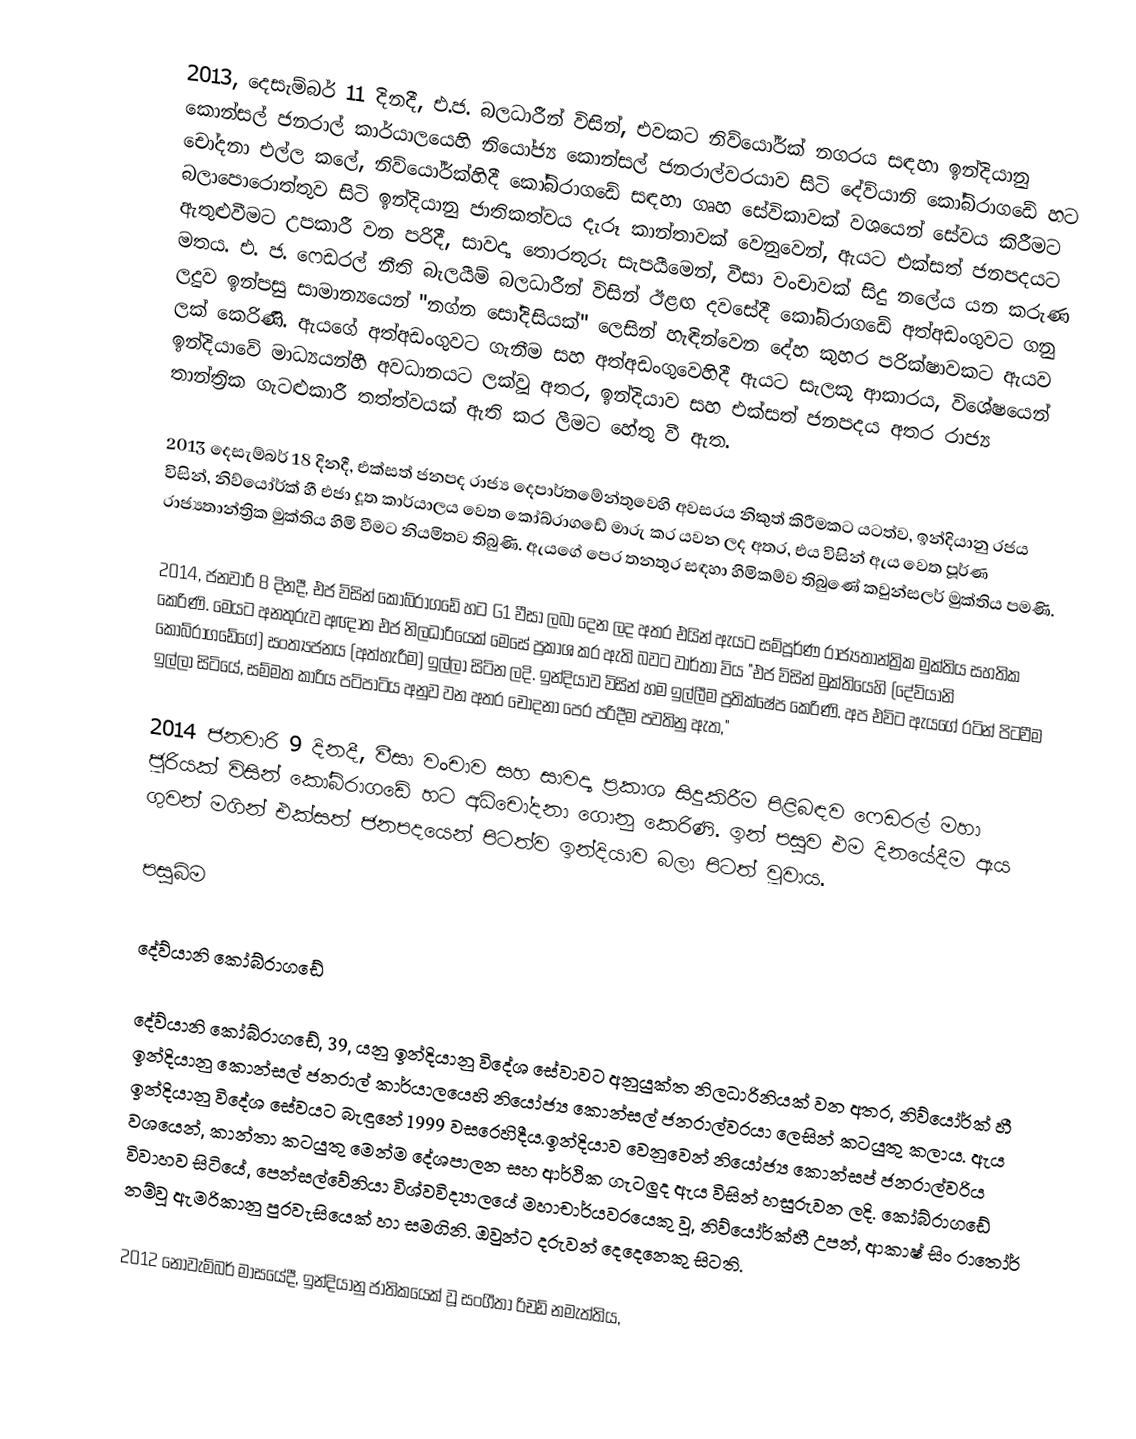
2013, දෙසැම්බර් 11 දිනදී,  එ.ජ. බලධාරීන් විසින්, එවකට නිව්යෝර්ක් නගරය සඳහා ඉන්දියානු කොන්සල් ජනරාල් කාර්යාලයෙහි නියෝජ්‍ය කොන්සල් ජනරාල්වරයාව සිටි දේව්යානි කෝබ්රාගඩේ හට චෝදනා එල්ල කලේ, නිව්යෝර්ක්හිදී කෝබ්රාගඩේ සඳහා ගෘහ සේවිකාවක් වශයෙන් සේවය කිරීමට බලාපොරොත්තුව සිටි  ඉන්දියානු ජාතිකත්වය දැරූ කාන්තාවක් වෙනුවෙන්,  ඇයට  එක්සත් ජනපදයට ඇතුළුවීමට උපකාරී වන පරිදී,  සාවද්‍ය තොරතුරු සැපයීමෙන්,  වීසා වංචාවක් සිදු නලේය යන කරුණ මතය.  එ. ජ. ෆෙඩරල් නීති බැලයීම් බලධාරීන් විසින් ඊළඟ දවසේදී කෝබ්රාගඩේ අත්අඩංගුවට ගනු ලදුව ඉන්පසු සාමාන්‍යයෙන් "නග්න සෝදිසියක්"  ලෙසින් හැඳින්වෙන දේහ කුහර පරික්ෂාවකට ඇයව ලක් කෙරිණි.  ඇයගේ අත්අඩංගුවට ගැනීම සහ අත්අඩංගුවෙහිදී ඇයට සැලකූ ආකාරය, විශේෂයෙන් ඉන්දියාවේ මාධ්‍යයන්හී අවධානයට ලක්වූ අතර, ඉන්දියාව සහ එක්සත් ජනපදය අතර රාජ්‍ය තාන්ත්‍රික ගැටළුකාරී තත්ත්වයක් ඇති කර ලීමට හේතු වී ඇත.

2013 දෙසැම්බර් 18 දිනදී, එක්සත් ජනපද රාජ්‍ය දෙපාර්තමේන්තුවෙහි අවසරය නිකුත් කිරීමකට යටත්ව,  ඉන්දියානු රජය විසින්, නිව්යෝර්ක් හී එජා දූත කාර්යාලය වෙත කෝබ්රාගඩේ මාරු කර යවන ලද අතර, එය විසින් ඇය වෙත පූර්ණ  රාජ්‍යතාන්ත්‍රික මුක්තිය හිමි වීමට නියමිතව තිබුණි.  ඇයගේ පෙර තනතුර සඳහා හිමිකම්ව තිබුණේ  කවුන්සලර් මුක්තිය පමණි.

2014, ජනවාරි 8 දිනදී, එජ විසින්  කෝබ්රාගඩේ හට  G1 වීසා ලබා දෙන ලද අතර එයින් ඇයට සම්පූර්ණ රාජ්‍යතාන්ත්‍රික මුක්තිය සහතික කෙරිණි.  මෙයට අනතුරුව අඥාත එජ නිලධාරියෙක් මෙසේ ප්‍රකාශ කර ඇති බවට වාර්තා විය  "එජ විසින් මුක්තියෙහි (දේව්යානි කෝබ්රාගඩේගේ)  සංත්‍යජනය (අත්හැරීම) ඉල්ලා සිටින ලදි. ඉන්දියාව විසින් හම ඉල්ලීම ප්‍රතික්ෂේප කෙරිණි. අප එවිට ඇයගේ රටින් පිටවීම ඉල්ලා සිටියේ, සම්මත කාරිය පටිපාටිය අනුව වන අතර චෝදනා පෙර පරිදීම පවතිනු ඇත,"

2014 ජනවාරි 9 දිනදී, වීසා වංචාව සහ සාවද්‍ය ප්‍රකාශ සිදුකිරීම පිළිබඳව ෆෙඩරල් මහා ජූරියක් විසින් කෝබ්රාගඩේ හට අධිචෝදනා ගොනු කෙරිණි.   ඉන් පසුව එම දිනයේදීම ඇය ගුවන් මගින් එක්සත් ජනපදයෙන් පිටත්ව ඉන්දියාව බලා පිටත් වූවාය.

පසුබිම

දේව්යානි කෝබ්රාගඩේ

දේව්යානි කෝබ්රාගඩේ, 39, යනු  ඉන්දියානු විදේශ සේවාවට  අනුයුක්ත නිලධාරිනියක් වන අතර, නිව්යෝර්ක් හී ඉන්දියානු  කොන්සල් ජනරාල් කාර්යාලයෙහි  නියෝජ්‍ය කොන්සල් ජනරාල්වරයා ලෙසින් කටයුතු කලාය. ඇය    ඉන්දියානු විදේශ සේවයට බැඳුනේ 1999 වසරෙහිදීය.ඉන්දියාව වෙනුවෙන් නියෝජ්‍ය කොන්සප් ජනරාල්වරිය වශයෙන්, කාන්තා කටයුතු මෙන්ම දේශපාලන සහ ආර්ථික ගැටලුද ඇය විසින් හසුරුවන ලදි. කෝබ්රාගඩේ විවාහව සිටියේ, පෙන්සල්වේනියා විශ්වවිද්‍යාලයේ මහාචාර්යවරයෙකු වූ, නිව්යෝර්ක්හී උපන්, ආකාෂ් සිං රාතෝර් නම්වූ ඇමරිකානු පුරවැසියෙක් හා සමගිනි. ඔවුන්ට දරුවන් දෙදෙනෙකු සිටති.

2012 නොවැම්බර් මාසයේදී, ඉන්දියානු ජාතිකයෙක් වූ සංගීතා රිචඩ් නමැත්තිය,